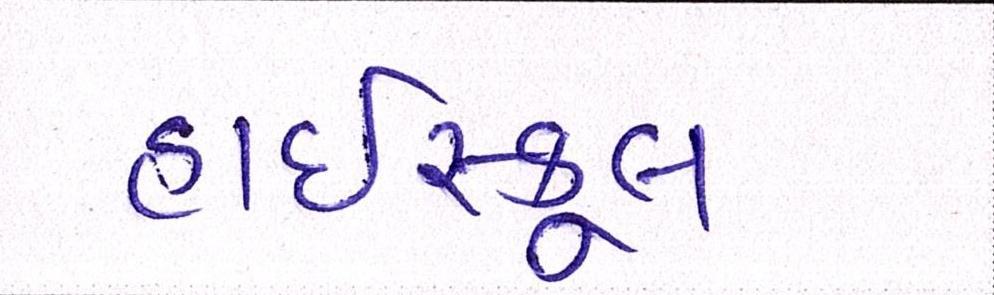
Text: હાઇસ્કૂલ